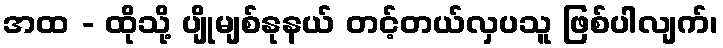
အထ - ထိုသို့ ပျိုမျစ်နုနယ် တင့်တယ်လှပသူ ဖြစ်ပါလျက်၊